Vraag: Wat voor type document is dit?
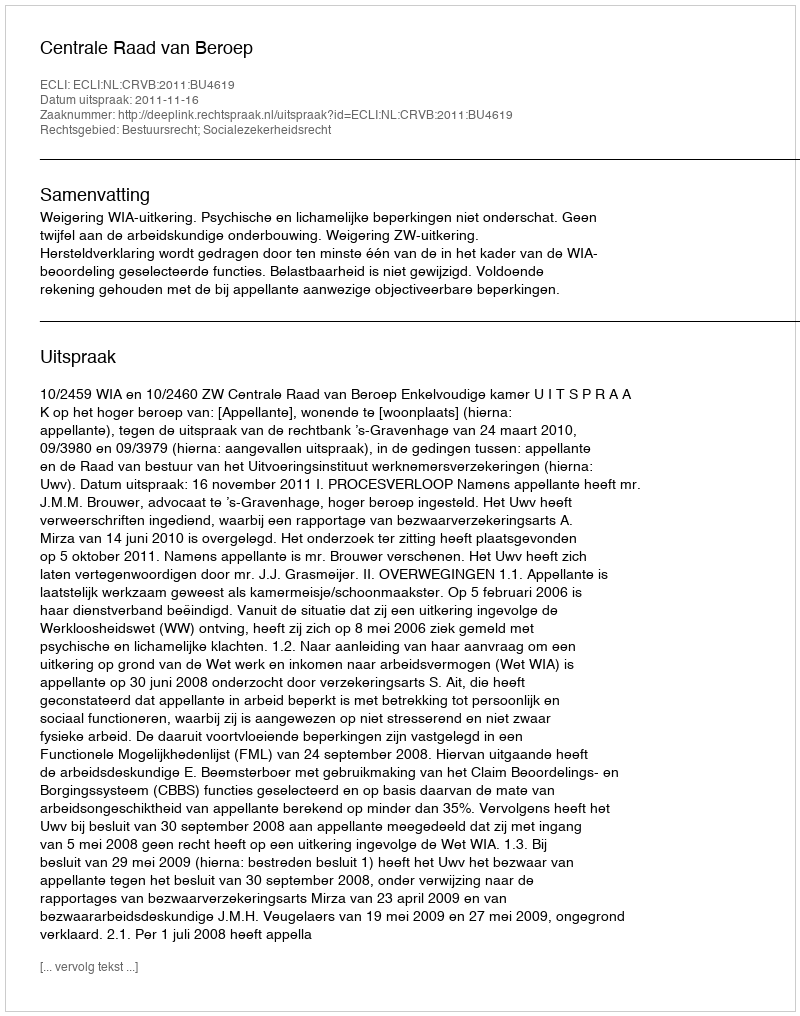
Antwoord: Uitspraak